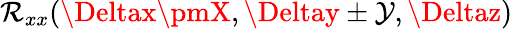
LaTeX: \mathcal{R}_{xx}(\Deltax\pmX,\Deltay\pm\mathcal{Y},\Deltaz)